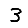
Digit: 3